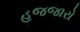
હજજારો